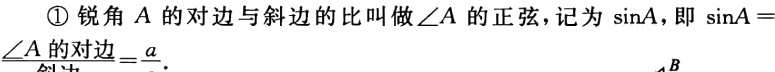
\textcircled{1} 锐角 \(A\) 的对边与斜边的比叫做\(\angle A\) 的正弦，记为 \(\sin A\)，即 \(\sin A = \frac{\angle A\text{的对边}}{\text{斜边}}=\frac{a}{c}\).